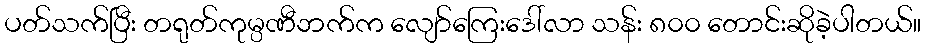
ပတ်သက်ပြီး တရုတ်ကုမ္ပဏီဘက်က လျော်ကြေးဒေါ်လာ သန်း ၈၀၀ တောင်းဆိုခဲ့ပါတယ်။